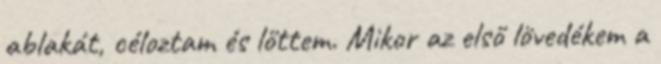
ablakát, céloztam és lőttem. Mikor az első lövedékem a